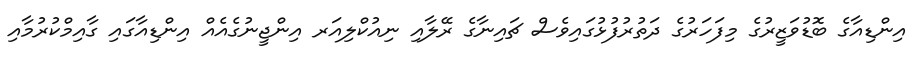
އިންޑިއާގެ ބޮޑުވަޒީރުގެ މިފަހަރުގެ ދަތުރުފުޅުގައިވެސް ޗައިނާގެ ރޭލާއި ނިއުކްލިއަރ އިންޖީނުގެއެއް އިންޑިއާގައި ގާއިމްކުރުމާއި